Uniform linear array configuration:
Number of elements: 64
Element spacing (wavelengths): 1
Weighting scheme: hann
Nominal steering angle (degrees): -15
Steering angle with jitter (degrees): -15.942
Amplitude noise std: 0.05
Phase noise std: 0.05

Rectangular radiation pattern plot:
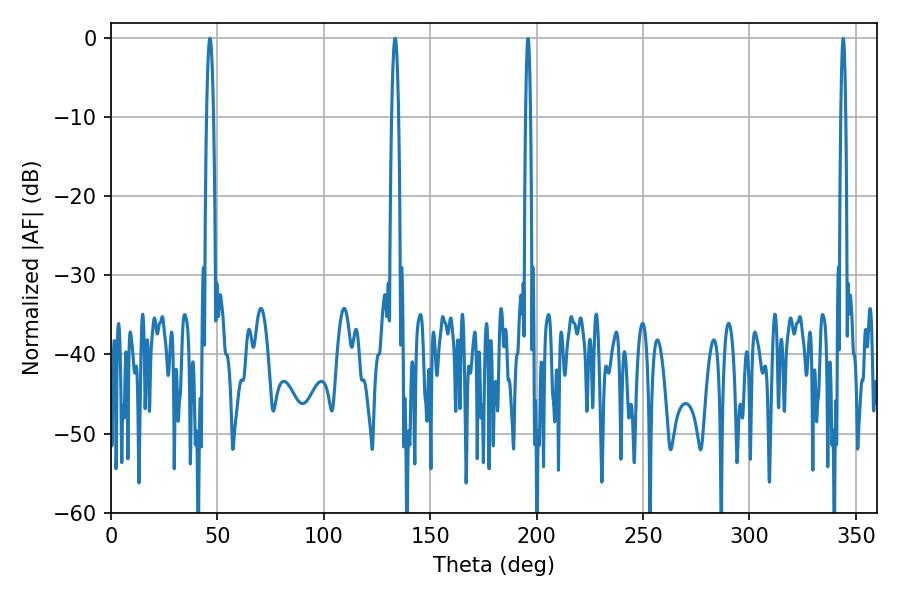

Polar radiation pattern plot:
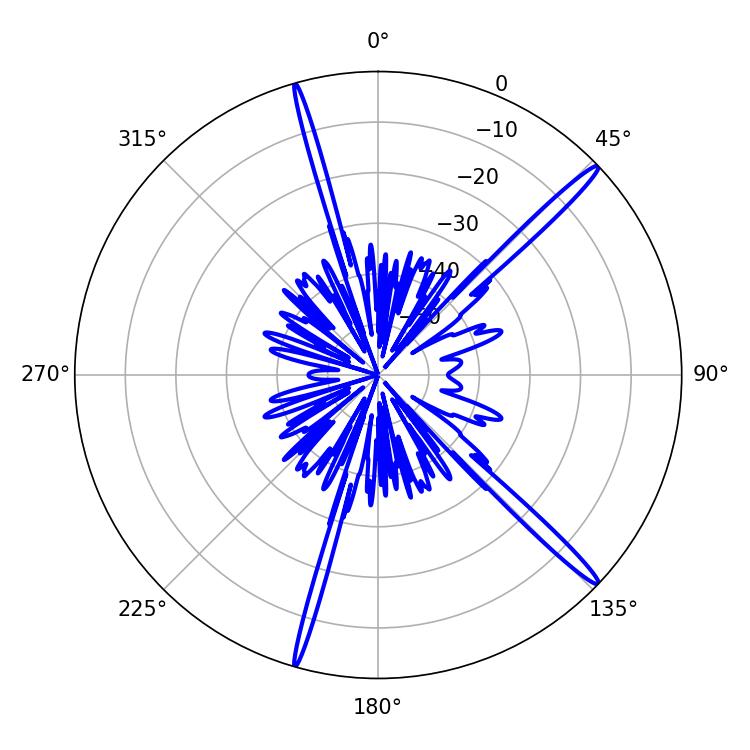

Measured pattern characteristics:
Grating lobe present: TRUE
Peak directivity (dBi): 17.358
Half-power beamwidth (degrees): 1.62
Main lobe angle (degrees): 46.44